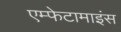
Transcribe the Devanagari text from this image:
एम्फेटामाइंस